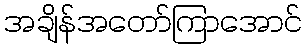
အချိန်အတော်ကြာအောင်